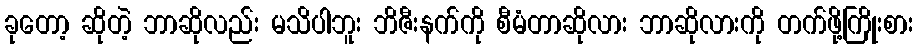
ခုတော့ ဆိုတဲ့ ဘာဆိုလည်း မသိပါဘူး ဘိဇီးနက်ကို စီမံတာဆိုလား ဘာဆိုလားကို တက်ဖို့ကြိုးစား